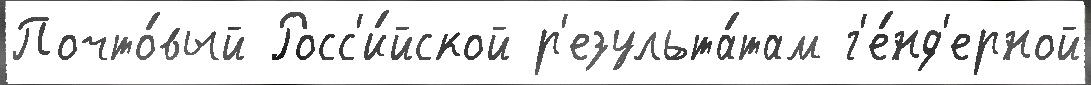
Почто́вый Росс'и́йской р'езульта́там г'е́нд'ерной